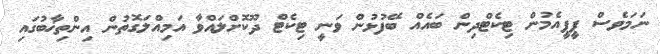
ނަމަވެސް ޕީޕީއެމުން ޓިކެޓްދިން ބައެއް ބޭފުޅުން ވަނީ ޓިކެޓް ދޫކޮށްލައްވާ އަމިއްލަގޮތުން އިންތިޚާބުގައި